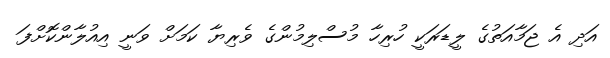
އަދި އެ ޖަމާއަތުގެ ލީޑަރަކީ ހުރިހާ މުސްލިމުންގެ ވެރިޔާ ކަމަށް ވަނީ އިއުލާންކޮށްފަ